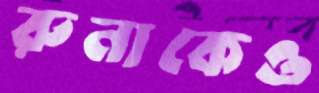
রুনাকেও